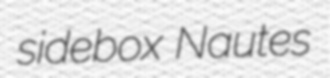
sidebox Nautes